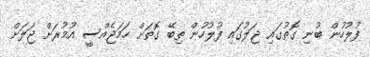
ފުލުހުން ބުނި ގޮތުގައި ޖަލުގައި ފުލުހުން ތިބޭ ގޮތަށް ހަމަޖެއްސީ އުމުރަށް ޖަލަށް